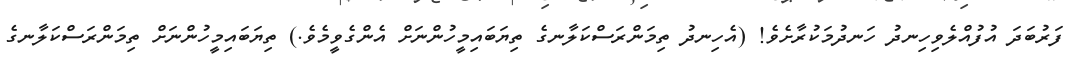
ފަރުބަދަ އުފުއްލެވިހިނދު ހަނދުމަކުރާށެވެ! (އެހިނދު ތިމަންރަސްކަލާނގެ ތިޔަބައިމީހުންނަށް އެންގެވީމެވެ.) ތިޔަބައިމީހުންނަށް ތިމަންރަސްކަލާނގެ